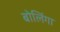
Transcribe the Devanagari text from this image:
बोलिंगा